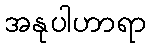
အနုပါဟာရာ